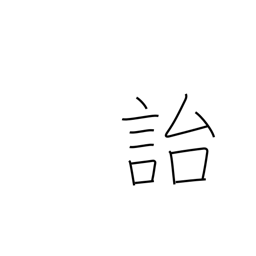
Meaning: leave behind